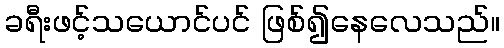
ခရီးဖင့်သယောင်ပင် ဖြစ်၍နေလေသည်။